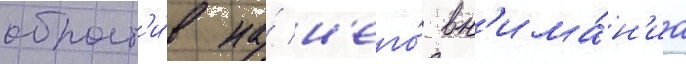
обрат'и́в на́ н'его́ вн'има́н'иа